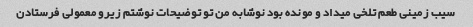
سیب زمینی طعم تلخی میداد و مونده بود نوشابه من تو توضیحات نوشتم زیرو معمولی فرستادن